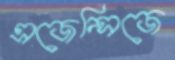
এজেন্সিজে